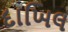
દાખિલ